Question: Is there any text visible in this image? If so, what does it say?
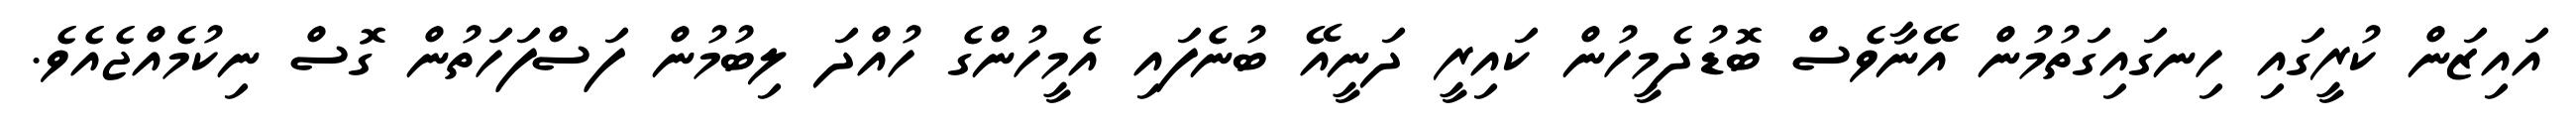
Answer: އައިޒަން ކުރީގައި ހިނގައިގަތުމުން އޭނާވެސް ބޮޑުދެމީހުން ކައިރީ ދަނީއޭ ބުނެފައި އެމީހުންގެ ހުއްދަ ލިބުމުން ފަސްފަހަތުން ގޮސް ނިކުމެއްޖެއެވެ.